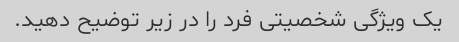
یک ویژگی شخصیتی فرد را در زیر توضیح دهید.